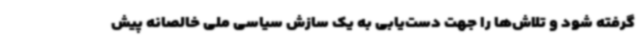
گرفته شود و تلاش‌ها را جهت دست‌یابی به یک سازش سیاسی ملی خالصانه پیش